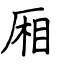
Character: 厢